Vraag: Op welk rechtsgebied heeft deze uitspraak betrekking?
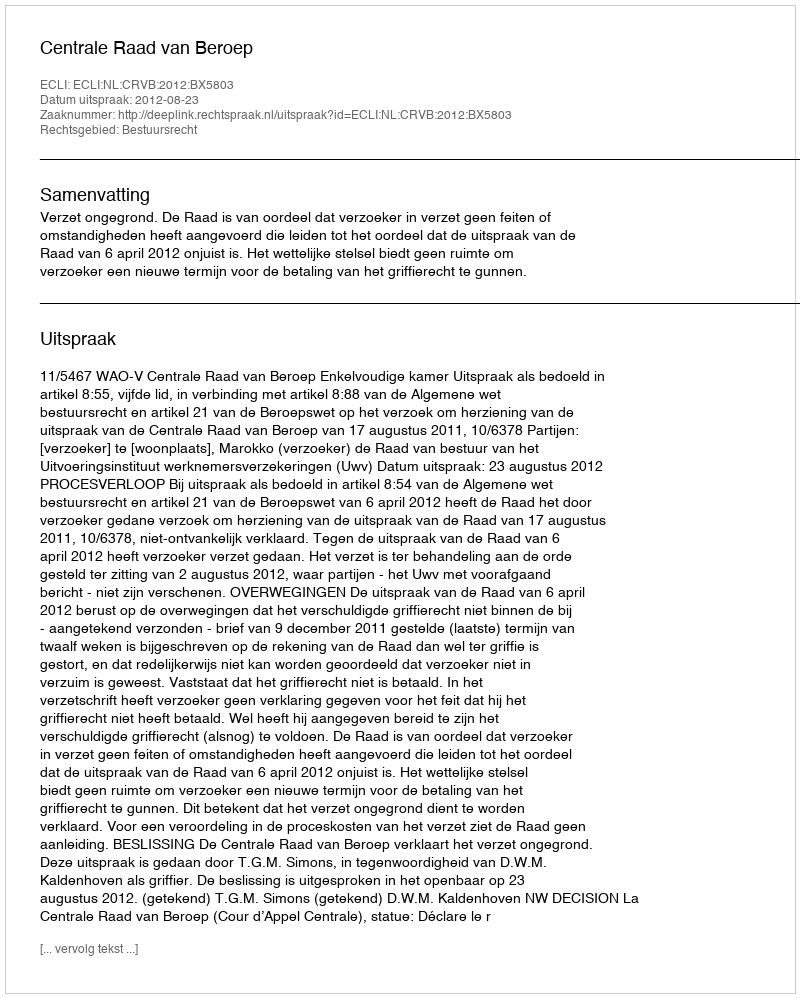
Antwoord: Bestuursrecht